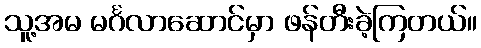
သူ့အမ မင်္ဂလာဆောင်မှာ ဖန်တီးခဲ့ကြတယ်။